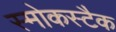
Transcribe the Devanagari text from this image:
स्मोकस्टैक